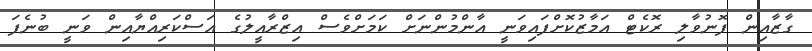
ގާޒާއިން ފޮނުވާލި ރޮކެޓް އަމާޒުކޮށްފައިވަނީ އާންމުންނަށް ކަމަށްވެސް އިޒްރާއީލުގެ އަސްކަރިއްޔާއިން ވަނީ ބުނެފަ